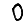
Digit: 0